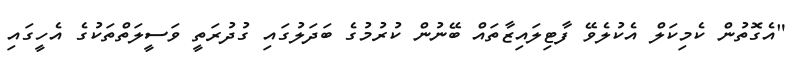
"އެގޮތުން ކެމިކަލް އެކުލެވޭ ފާޓިލައިޒާތައް ބޭނުން ކުރުމުގެ ބަދަލުގައި ގުދުރަތީ ވަސީލަތްތަކުގެ އެހީގައި